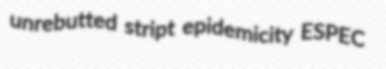
unrebutted stript epidemicity ESPEC